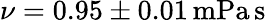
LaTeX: \nu=0.95\pm 0.01\, \mathrm{{mPa\, s}}